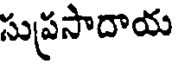
సుప్రసాదాయ